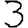
Digit: 3